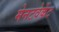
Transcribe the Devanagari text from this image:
मेनटवेर्केट